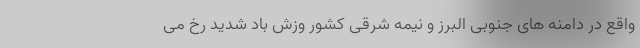
واقع در دامنه های جنوبی البرز و نیمه شرقی کشور وزش باد شدید رخ می